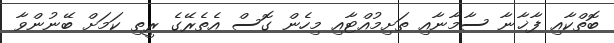
ބޮތްކާއި ފާޚާނާ ސާމާނާއި ތަށިމުއްޓާއި މިހެން ގޮސް އެތެރޭގެ ރީތި ކަމަށް ބޭނުންވާ